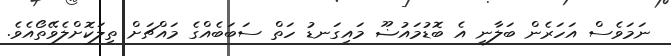
ނަމަވެސް އަހަރެން ބަލާނީ އެ ބޮޑުމައުޟޫ މައިގަނޑު ހަތް ސަބަބެއްގެ މައްޗަށް ތިލަކޮށްލެވޭތޯއެވެ.